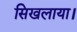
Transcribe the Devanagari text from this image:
सिखलाया।